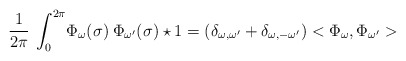
\begin{align*}\frac{1}{2\pi}\:\int_0^{2\pi}\!\Phi_\omega(\sigma)\:\Phi_{\omega^\prime}(\sigma) \star 1 = (\delta_{\omega , \omega^\prime} + \delta_{\omega , -\omega^\prime}) <\Phi_\omega,\Phi_{\omega^\prime}>\end{align*}